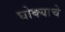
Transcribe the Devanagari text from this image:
घोक्याचे